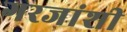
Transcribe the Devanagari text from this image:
गरजांशी